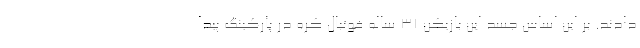
دادند. بر این اساس جسد این بازیکن 31 ساله فوتبال کره در پارکینگ پیدا